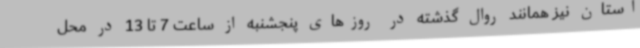
استان نیز همانند روال گذشته در روزهای پنجشنبه از ساعت 7 تا 13 در محل